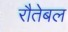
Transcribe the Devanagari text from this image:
रौतेबल